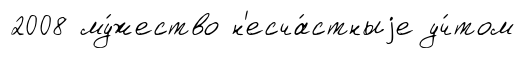
2008 му́жество н'есча́стныjе уч́том